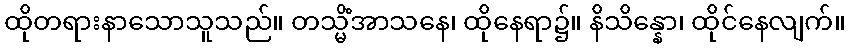
ထိုတရားနာသောသူသည်။ တသ္မိံအာသနေ၊ ထိုနေရာ၌။ နိသိန္နော၊ ထိုင်နေလျက်။